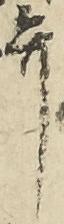
弁